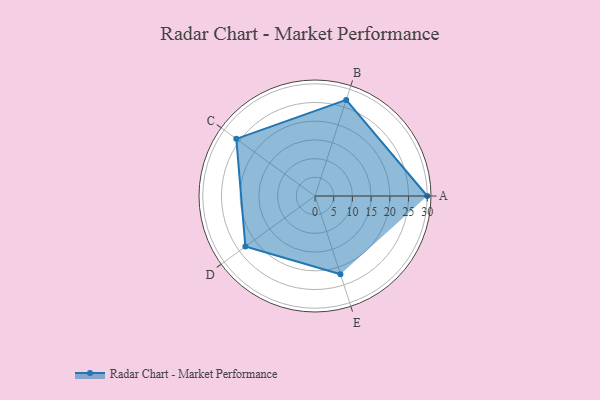
{"axis": {"x": "Skill", "y": "Score"}, "legend": ["Profile"], "data": [{"x": "A", "y": 30.0, "type": "Profile"}, {"x": "B", "y": 27.0, "type": "Profile"}, {"x": "C", "y": 26.0, "type": "Profile"}, {"x": "D", "y": 23.0, "type": "Profile"}, {"x": "E", "y": 22.0, "type": "Profile"}]}